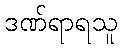
ဒဏ်ရာရသူ